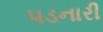
પડનારી